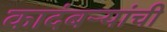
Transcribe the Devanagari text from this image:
कादंबर्‍यांंची